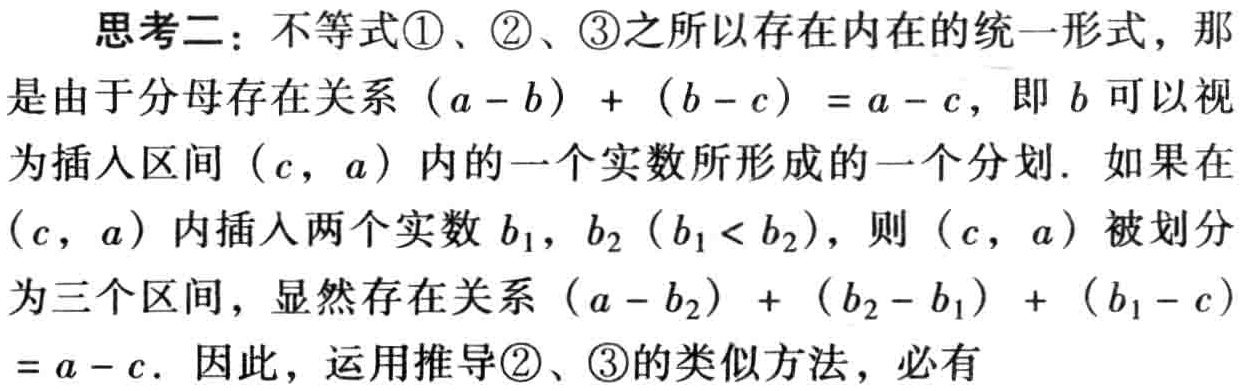
思考二：不等式\textcircled{1}、\textcircled{2}、\textcircled{3}之所以存在内在的统一形式，那是由于分母存在关系\((a - b)+(b - c)=a - c\)，即\(b\)可以视为插入区间\((c,a)\)内的一个实数所形成的一个分划. 如果在\((c,a)\)内插入两个实数\(b_1\)，\(b_2\)（\(b_1 < b_2\)），则\((c,a)\)被划分为三个区间，显然存在关系\((a - b_2)+(b_2 - b_1)+(b_1 - c)=a - c\). 因此，运用推导\textcircled{2}、\textcircled{3}的类似方法，必有